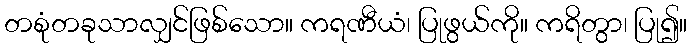
တစုံတခုသာလျှင်ဖြစ်သော။ ကရဏီယံ၊ ပြုဖွယ်ကို။ ကရိတွာ၊ ပြု၍။